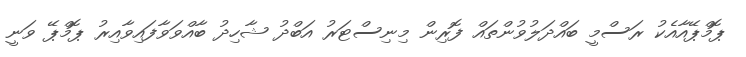
ޕޮމްޕޭއާއެކު ރަސްމީ ބައްދަލުވުންތައް ފޮރިން މިނިސްޓަރު އަބްދު ޝާހިދު ބާއްވަވާފައިވާއިރު ޕޮމްޕޭ ވަނީ